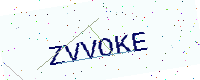
Text: ZVVOKE